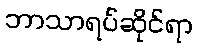
ဘာသာရပ်ဆိုင်ရာ